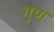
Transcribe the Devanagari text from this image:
गुण